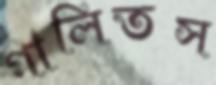
গালিতস